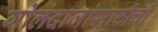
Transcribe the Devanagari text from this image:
गोलंदाजांसाठीची